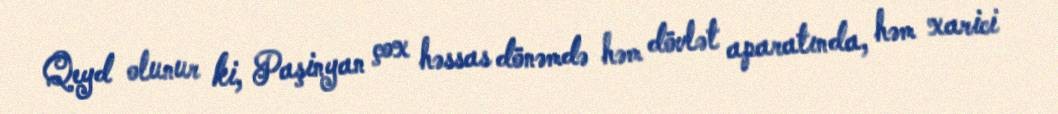
Qeyd olunur ki, Paşinyan çox həssas dönəmdə həm dövlət aparatında, həm xarici